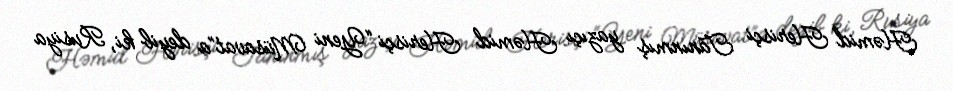
Həmid Herisçi Tanınmış yazıçı Həmid Herisçi “Yeni Müsavat”a deyib ki, Rusiya